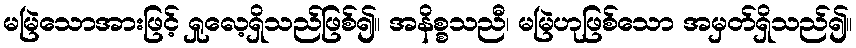
မမြဲသောအားဖြင့် ရှုလေ့ရှိသည်ဖြစ်၍။ အနိစ္စသညီ၊ မမြဲဟုဖြစ်သော အမှတ်ရှိသည်၍။